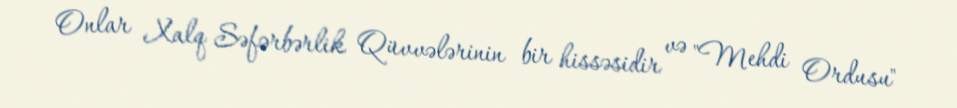
Onlar Xalq Səfərbərlik Qüvvələrinin bir hissəsidir və "Mehdi Ordusu"